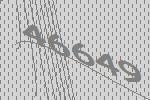
46649